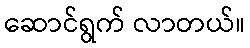
ဆောင်ရွက် လာတယ်။